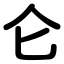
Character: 仑